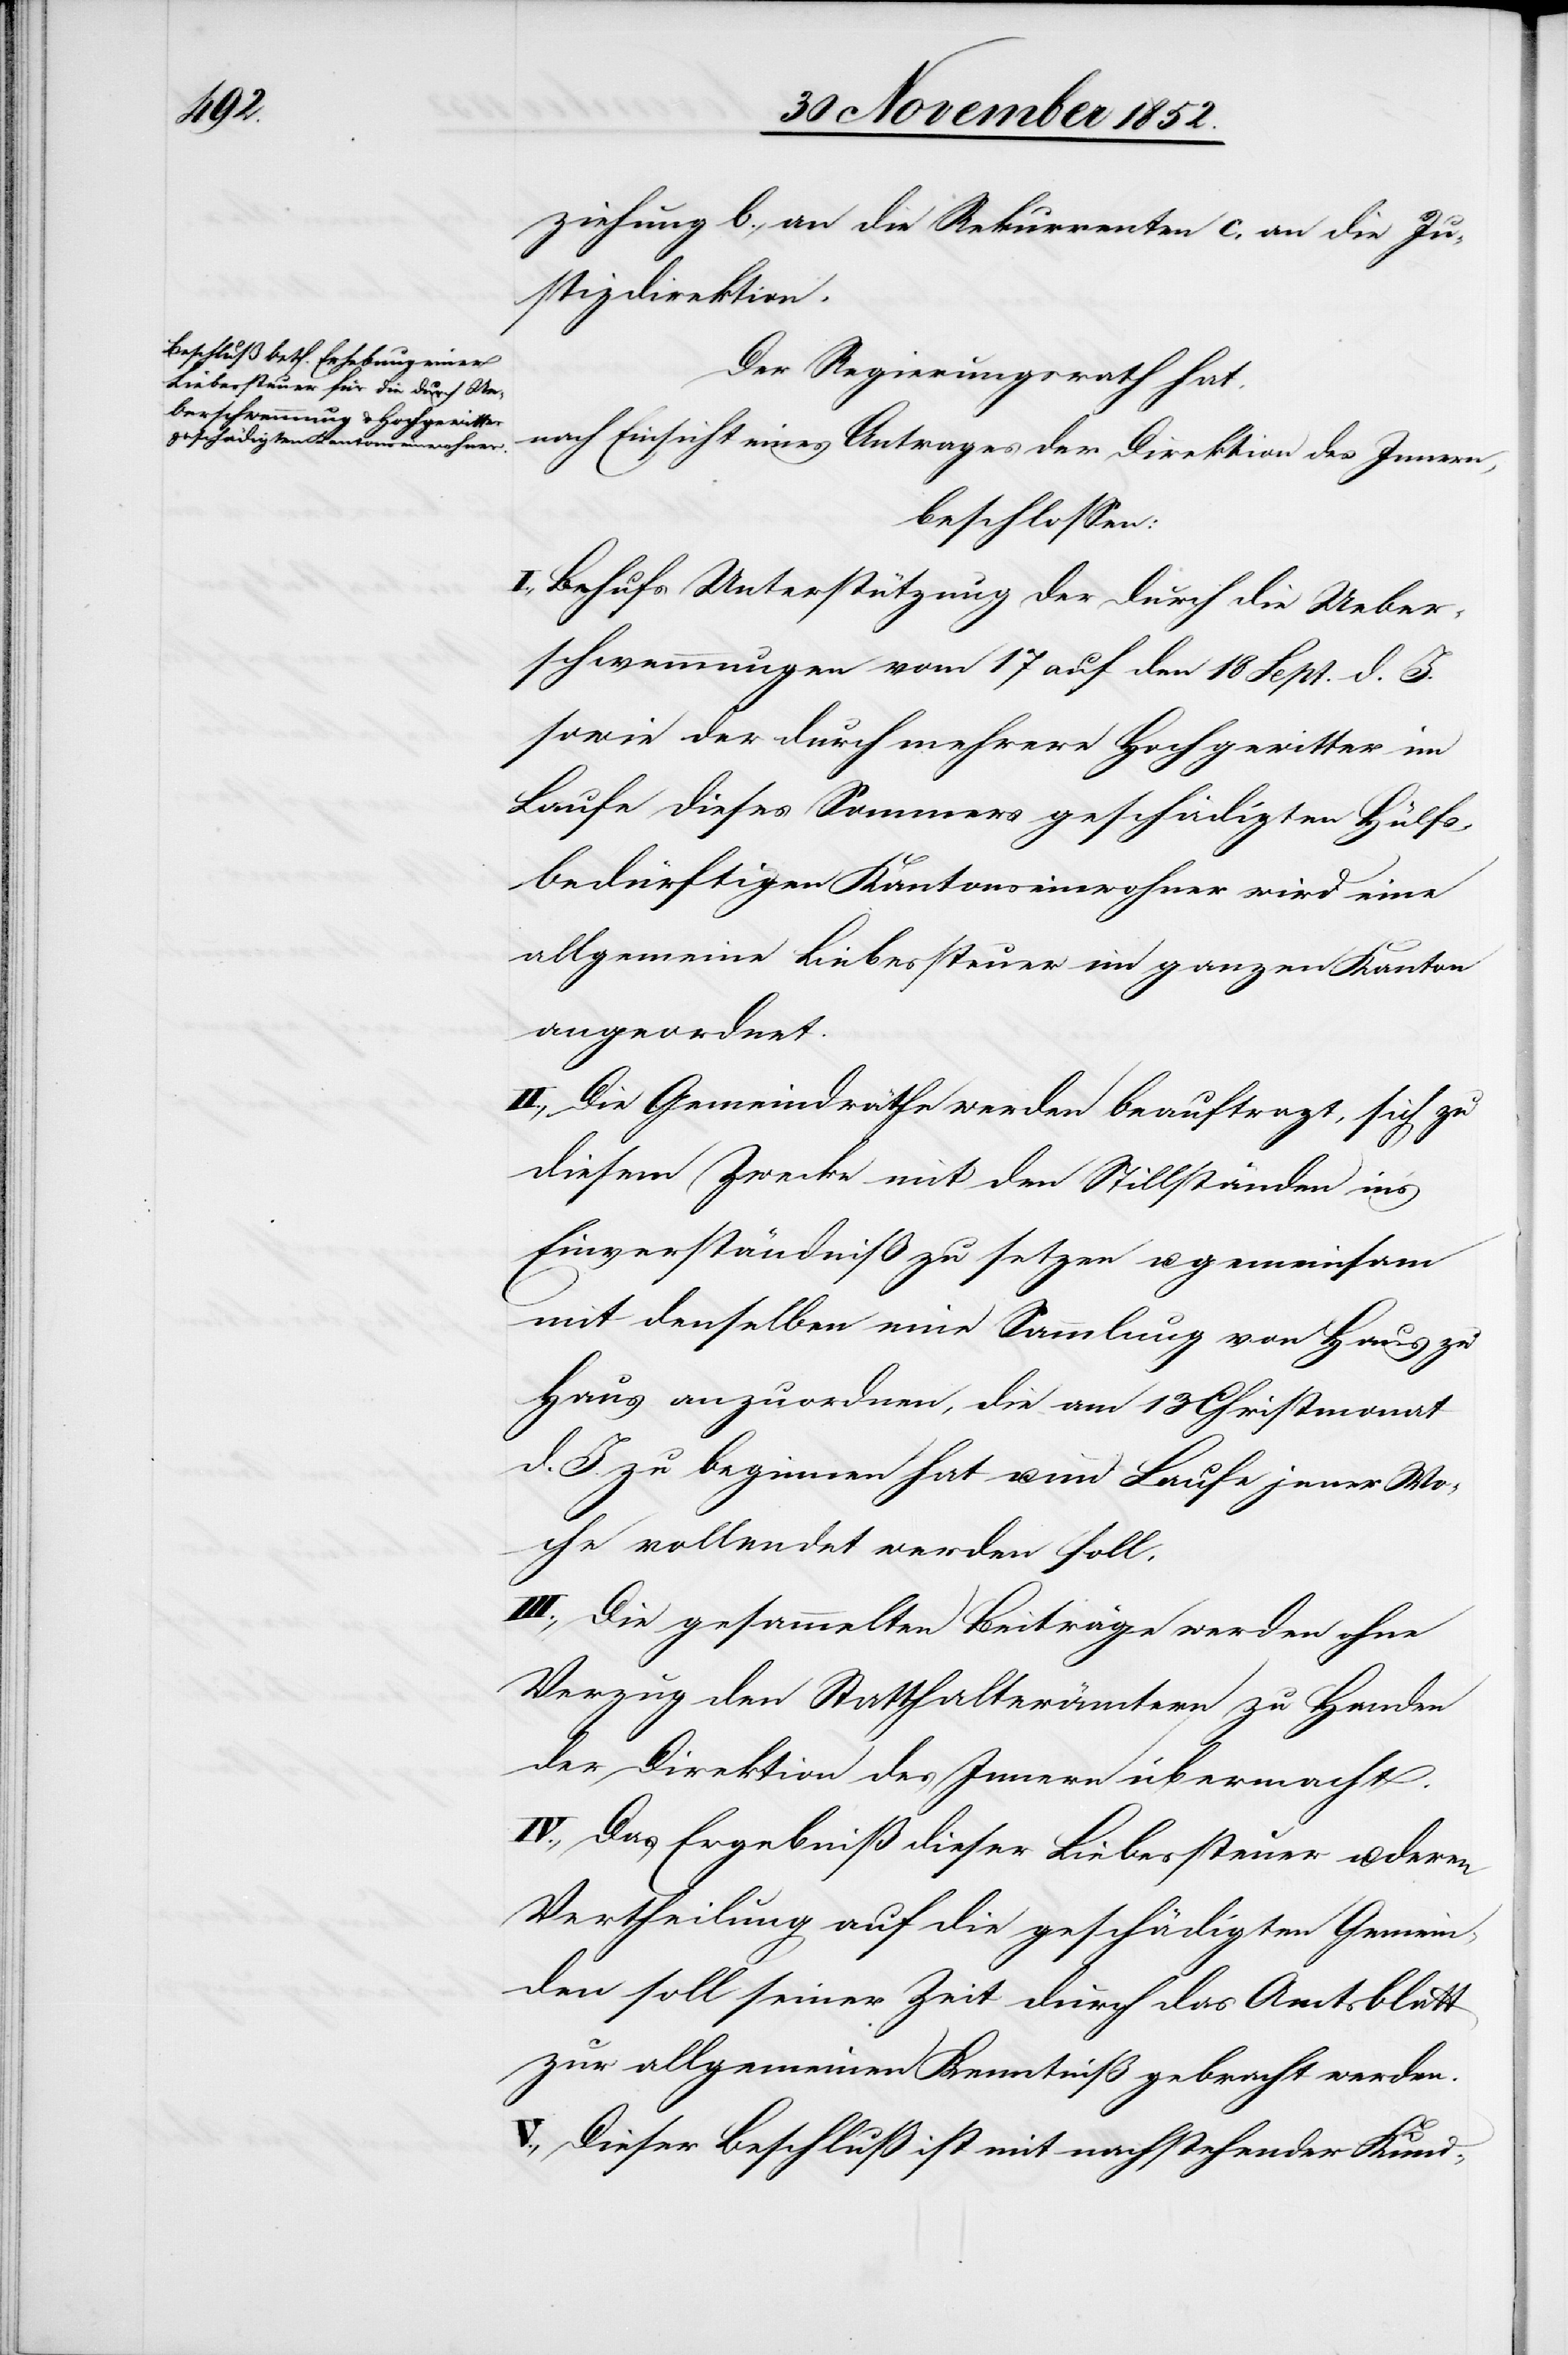
ziehung b., an die Rekurrenten c, an die Ju¬
stizdirektion.
Der Regierungsrath hat,
nach Einsicht eines Antrages der Direktion des Innern,
beschlossen:
I., Behufs Unterstützung der durch die Ueber¬
schwemmungen vom 17 auf den 18 Sept. d. J.
sowie der durch mehrere Hochgewitter im
Laufe dieses Sommers geschädigten Hülfs¬
bedürftigen Kantonseinwohner wird eine
allgemeine Liebessteuer im ganzen Kanton
angeordnet.
II., Die Gemeindräthe werden beauftragt, sich zu
diesem Zwecke mit den Stillständen in’s
Einverständniß zu setzen u. gemeinsam
mit denselben eine Sammlung von Haus zu
Haus anzuordnen, die am 13 Christmonat
d. J. zu beginnen hat u. im Laufe jener Wo¬
che vollendet werden soll.
III., Die gesammelten Beiträge werden ohne
Verzug den Statthalterämtern zu Handen
der Direktion des Innern übermacht.
IV., Das Ergebniß dieser Liebessteuer u. deren
Vertheilung auf die geschädigten Gemein¬
den soll seiner Zeit durch das Amtsblatt
zur allgemeinen Kenntniß gebracht werden.
V., Dieser Beschluß ist mit nachstehender Kund-